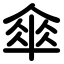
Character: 傘